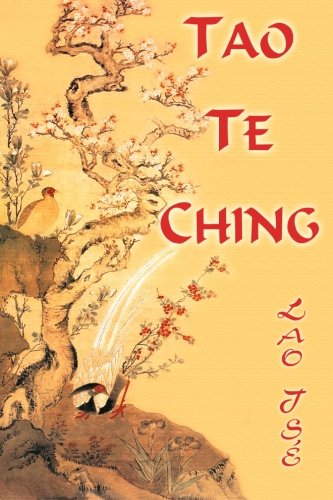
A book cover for Lao TsÃ©. Tao Te Ching (Spanish Edition); Vladimir Antonov; Religion & Spirituality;